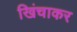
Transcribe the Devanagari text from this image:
खिंचाकर